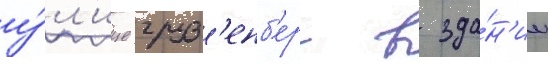
у́л'ице груз'енб'ерг в зда́н'ии